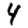
Digit: 4